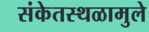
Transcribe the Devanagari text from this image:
संकेतस्थळामुले